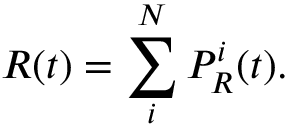
R ( t ) = \sum _ { i } ^ { N } { P _ { R } ^ { i } ( t ) } .